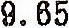
9.65